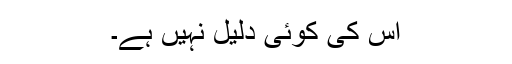
اس کی کوئی دلیل نہیں ہے۔